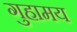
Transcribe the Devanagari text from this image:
गुहामय